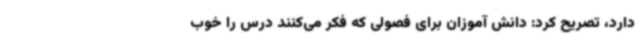
دارد، تصریح کرد: دانش آموزان برای فصولی که فکر می‌کنند درس را خوب